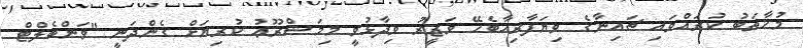
މުޚާތަބު ކުރައްވައި ޗައިނާގެ ވިޔަފާރިއާބެހޭ ވަޒީރު ވިދާޅުވީ މިމަޝްރޫޢު ކުރިޔަށް ގެންދަނީ "ވަންބެލްޓް